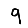
Digit: 9